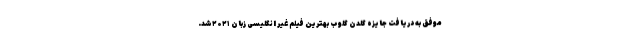
موفق به دریافت جایزه گلدن گلوب بهترین فیلم غیر انگلیسی زبان ۲۰۲۱شد.